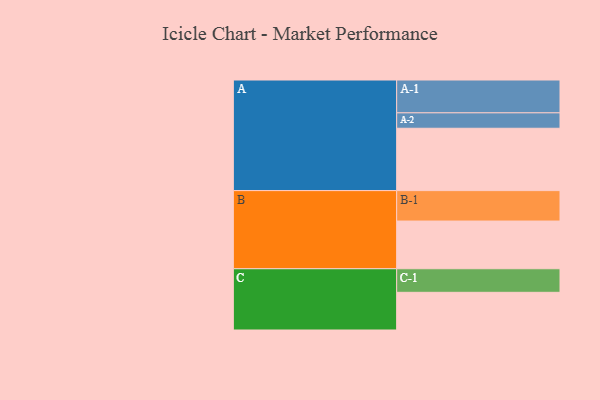
{"axis": {"x": "Segment", "y": "Value"}, "legend": ["", "A", "B", "C"], "data": [{"x": "A", "y": 566, "type": ""}, {"x": "B", "y": 433, "type": ""}, {"x": "C", "y": 342, "type": ""}, {"x": "A-1", "y": 298, "type": "A"}, {"x": "A-2", "y": 140, "type": "A"}, {"x": "B-1", "y": 276, "type": "B"}, {"x": "C-1", "y": 214, "type": "C"}]}